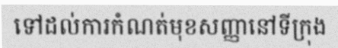
ទៅដល់ការកំណត់មុខសញ្ញានៅទីក្រុង